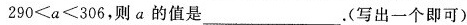
290≤a≤306，则a的值是___。(写出一个即可)